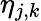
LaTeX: \eta_{j,k}